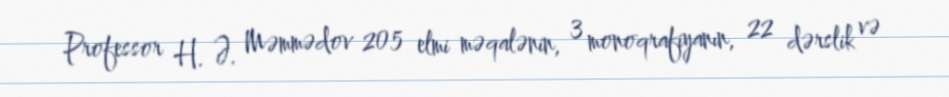
Professor H. Ə. Məmmədov 205 elmi məqalənin, 3 monoqrafiyanın, 22 dərslik və